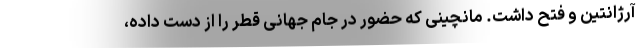
آرژانتین و فتح داشت. مانچینی که حضور در جام جهانی قطر را از دست داده،